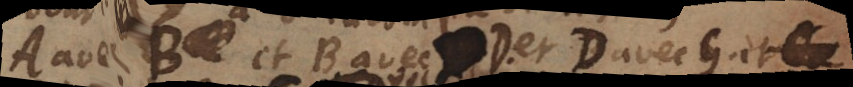
A avec B et B avec D et D avec G _